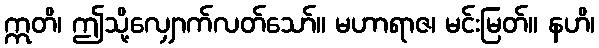
ဣတိ၊ ဤသို့လျှောက်လတ်သော်။ မဟာရာဇ၊ မင်းမြတ်။ နဟိ၊